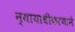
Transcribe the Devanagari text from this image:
न्यायाधीकरणाने